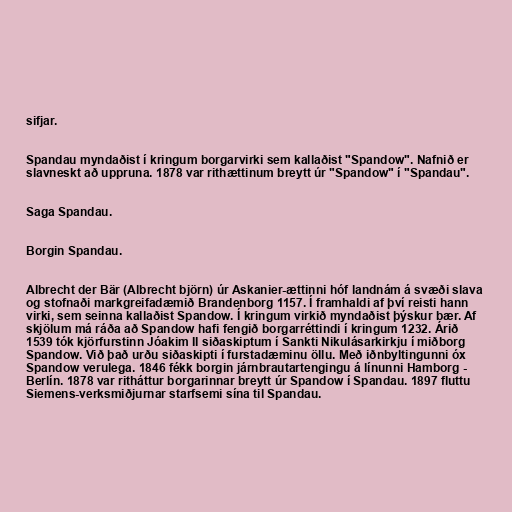
sifjar.

Spandau myndaðist í kringum borgarvirki sem kallaðist "Spandow". Nafnið er
slavneskt að uppruna. 1878 var rithættinum breytt úr "Spandow" í "Spandau".

Saga Spandau.

Borgin Spandau.

Albrecht der Bär (Albrecht björn) úr Askanier-ættinni hóf landnám á svæði slava
og stofnaði markgreifadæmið Brandenborg 1157. Í framhaldi af því reisti hann
virki, sem seinna kallaðist Spandow. Í kringum virkið myndaðist þýskur bær. Af
skjölum má ráða að Spandow hafi fengið borgarréttindi í kringum 1232. Árið
1539 tók kjörfurstinn Jóakim II siðaskiptum í Sankti Nikulásarkirkju í miðborg
Spandow. Við það urðu siðaskipti í furstadæminu öllu. Með iðnbyltingunni óx
Spandow verulega. 1846 fékk borgin járnbrautartengingu á línunni Hamborg -
Berlín. 1878 var ritháttur borgarinnar breytt úr Spandow í Spandau. 1897 fluttu
Siemens-verksmiðjurnar starfsemi sína til Spandau.